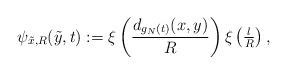
LaTeX: \begin{align*} \psi_{\tilde{x},R}(\Tilde{y},t):= \xi\left(\frac{d_{g_N(t)}(x,y)}{R}\right)\xi\left(\tfrac{l}{R}\right),\end{align*}